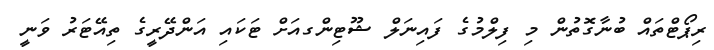
ރިޕޯޓްތައް ބުނާގޮތުން މި ފިލްމުގެ ފައިނަލް ޝޫޓިންގއަށް ޓަކައި އަންދޭރީގެ ތިއޭޓަރު ވަނީ